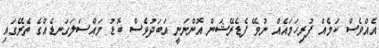
އެއްވެސް ކަމެއް ފުރިހަމައެއް ނުވޭ ފެޑެރޭޝަން އޮންނަނީ އަބަދުވެސް ބޮޑު މައްސަލަގަނޑެއްގެ ތެރޭގައި